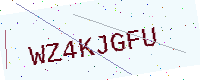
Text: WZ4KJGFU